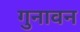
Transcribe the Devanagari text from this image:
गुनावन